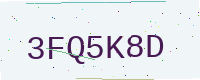
Text: 3FQ5K8D